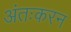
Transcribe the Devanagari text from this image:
अंतःकरन